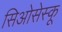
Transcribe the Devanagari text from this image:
सिओसेस्कू